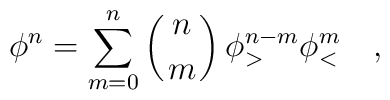
\phi^n=\sum_{m=0}^n \left({n\atop m}\right)\phi_>^{n-m} \phi_<^m \quad,